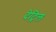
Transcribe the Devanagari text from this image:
देट्रिल